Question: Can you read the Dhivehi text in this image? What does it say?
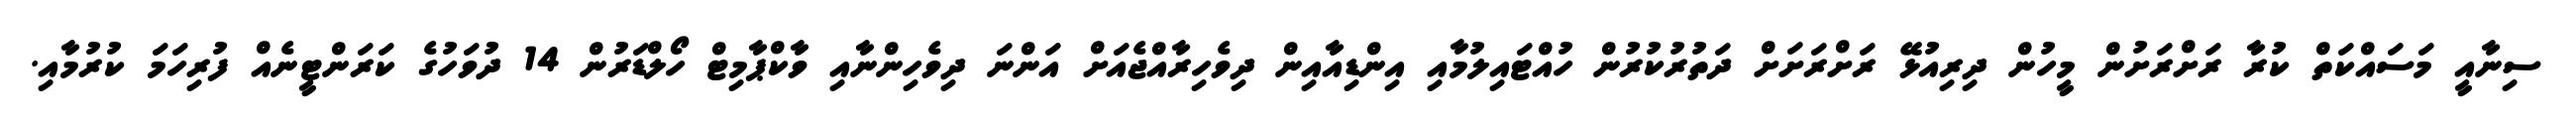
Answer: ސިނާއީ މަސައްކަތް ކުރާ ރަށްރަށުން މީހުން ދިރިއުޅޭ ރަށްރަށަށް ދަތުރުކުރުން ހުއްޓައިލުމާއި އިންޑިއާއިން ދިވެހިރާއްޖެއަށް އަންނަ ދިވެހިންނާއި ވާކްޕާމިޓް ހޯލްޑަރުން 14 ދުވަހުގެ ކަރަންޓީނެއް ފުރިހަމަ ކުރުމާއި.